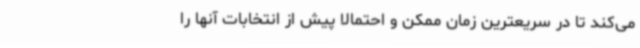
می‌کند تا در سریعترین زمان ممکن و احتمالا پیش از انتخابات آنها را